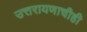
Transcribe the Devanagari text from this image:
उत्तरायणाचीही